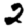
Digit: 2